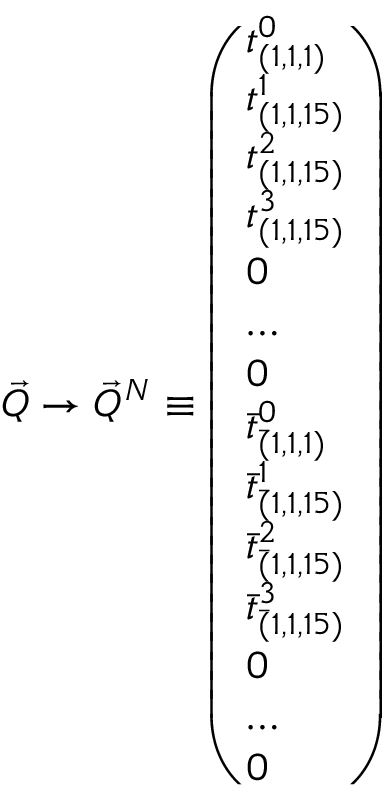
{ \vec { Q } } \rightarrow { \vec { Q } } ^ { N } \equiv \left( \begin{array} { l } { { t _ { ( 1 , 1 , 1 ) } ^ { 0 } } } \\ { { t _ { ( 1 , 1 , 1 5 ) } ^ { 1 } } } \\ { { t _ { ( 1 , 1 , 1 5 ) } ^ { 2 } } } \\ { { t _ { ( 1 , 1 , 1 5 ) } ^ { 3 } } } \\ { { 0 } } \\ { { \dots } } \\ { { 0 } } \\ { { { \bar { t } } _ { { \bar { ( } 1 , 1 , 1 ) } } ^ { 0 } } } \\ { { { \bar { t } } _ { { \bar { ( } 1 , 1 , 1 5 ) } } ^ { 1 } } } \\ { { { \bar { t } } _ { { \bar { ( } 1 , 1 , 1 5 ) } } ^ { 2 } } } \\ { { { \bar { t } } _ { { \bar { ( } 1 , 1 , 1 5 ) } } ^ { 3 } } } \\ { { 0 } } \\ { { \dots } } \\ { { 0 } } \end{array} \right)